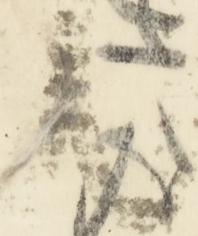
言